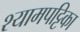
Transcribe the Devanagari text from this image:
श्यामपट्टिका